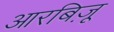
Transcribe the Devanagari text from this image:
आरबिज़ू